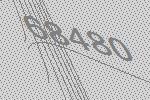
68480